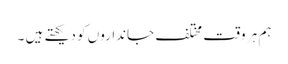
ہم ہر وقت مختلف جانداروں کو دیکھتے ہیں ۔